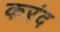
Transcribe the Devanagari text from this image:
करंद